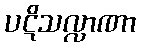
ပဋိသလ္လာဏာ